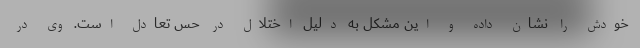
خودش را نشان داده و این مشکل به دلیل اختلال در حس تعادل است. وی در